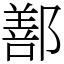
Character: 鄯